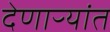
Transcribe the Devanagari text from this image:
देणाऱ्यांत